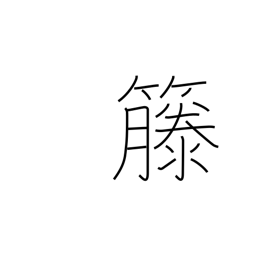
Meaning: rattan